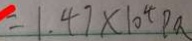
= 1 . 4 7 \times 1 0 ^ { 4 } P a